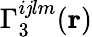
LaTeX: \Gamma_{3}^{i\mathit{j}lm}(\textbf{{r}})